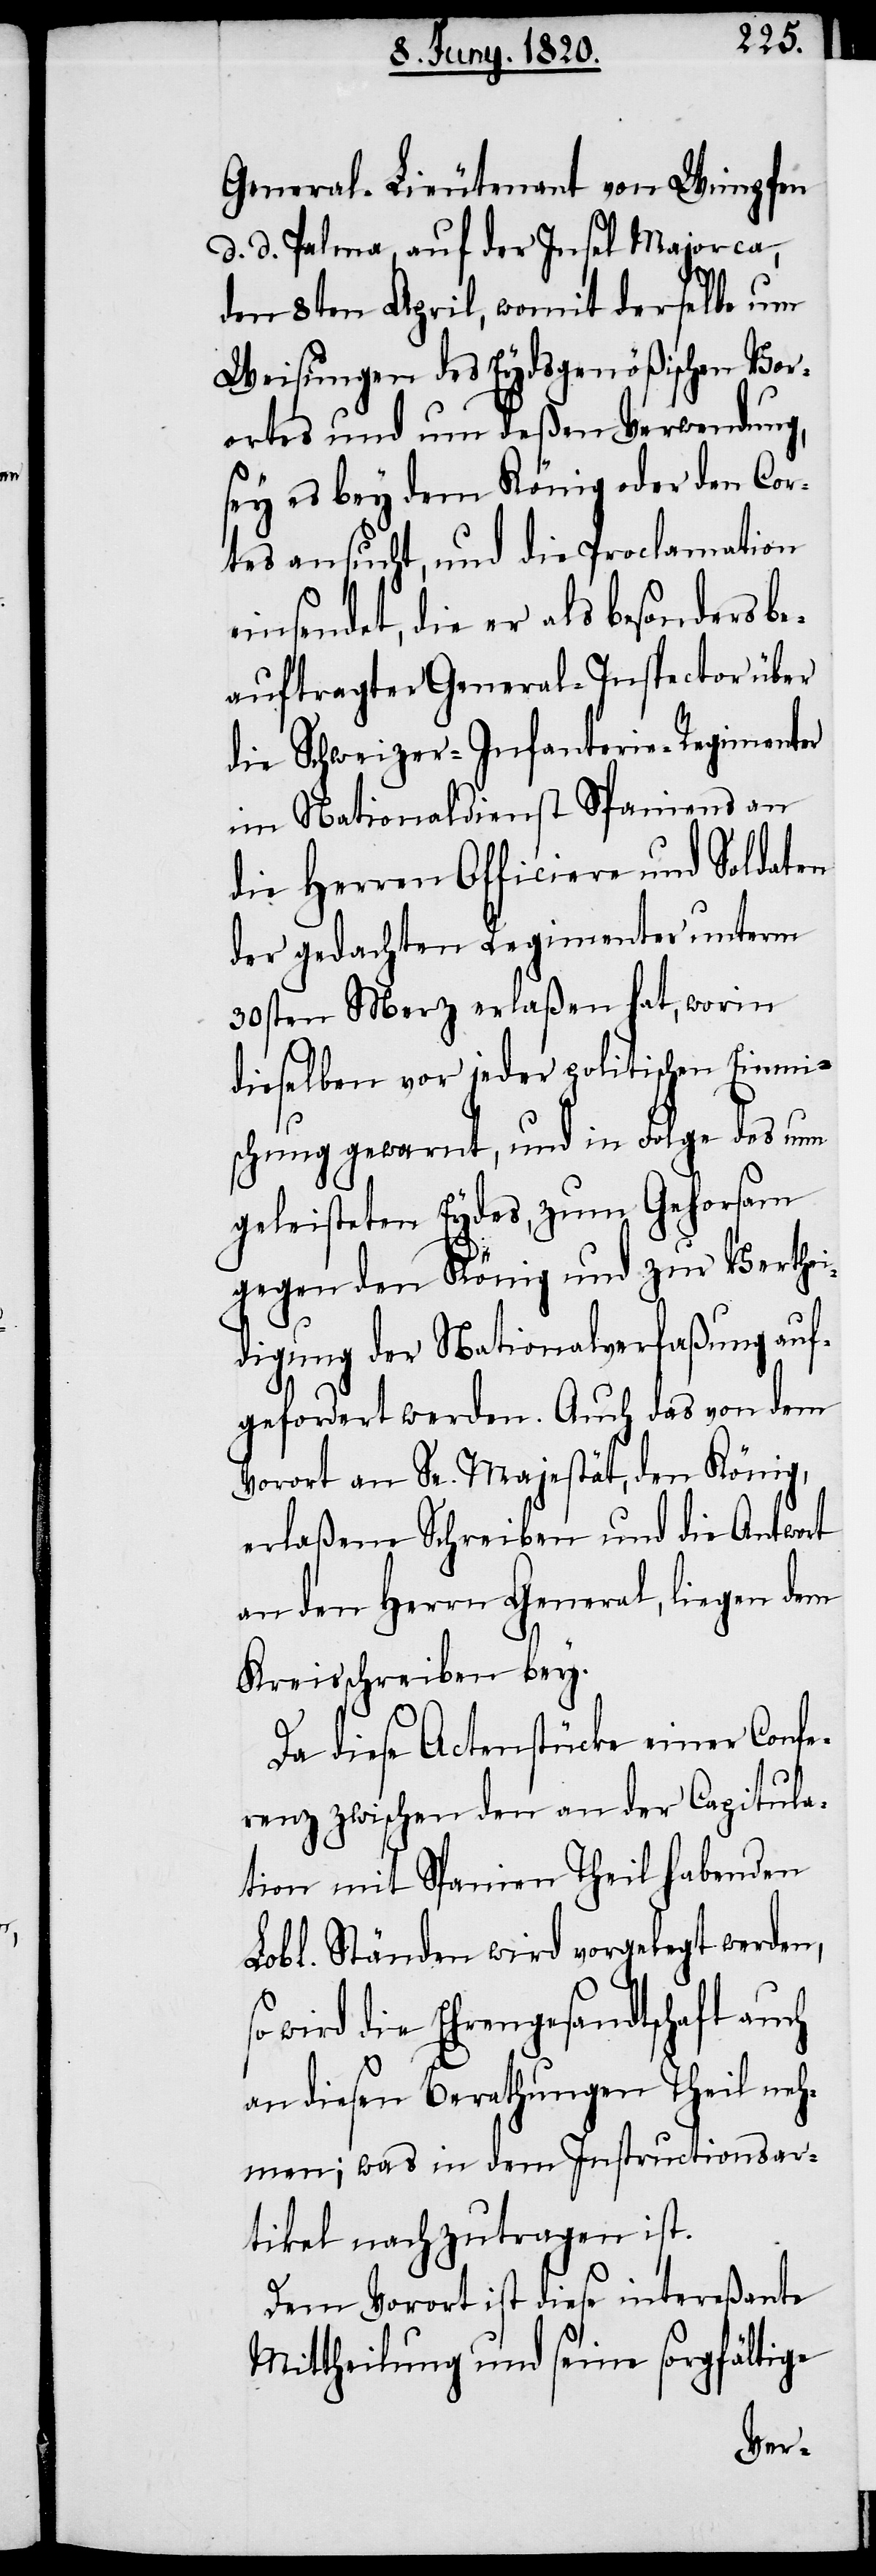
General-Lieutenant von Wimpfen
d. d. Palma, auf der Insel Majorca,
den 8ten April, womit derselbe um
Weisungen des Eydsgenößischen Vor¬
ortes und um deßen Verwendung,
sey es bey dem König oder den Cor¬
tes ansucht, und die Proclamation
einsendet, die er als besonders be¬
auftragter General-Inspector über
die Schweizer-Infanterie-Regimenter
in Nationaldienst Spaniens an
die Herren Officiere und Soldaten
der gedachten Regimenter unterm
30sten Merz erlaßen hat, worin
dieselben vor jeder politischen Einmi¬
schung gewarnt, und in Folge des um
geleisteten Eydes, zum Gehorsam
gegen den König und zur Verthei¬
digung der Nationalverfaßung auf¬
gefordert werden. Auch das von dem
Vorort an Sr. Majestät, den König,
erlaßene Schreiben und die Antwort
an den Herrn General, liegen dem
Kreisschreiben bey.
Da diese Actenstücke einer Confe¬
renz zwischen den an der Capitula¬
tion mit Spanien Theilhabenden
Lobl. Ständen wird vorgelegt werden,
wird die Ehrengesandtschaft auch
an diesen Berathungen theil neh¬
men, was in dem Instructionsar¬
tikel nachzutragen ist.
Dem Vorort ist diese interessante
Mittheilung und seine sorgfältige